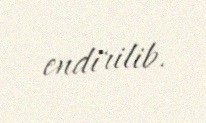
endirilib.